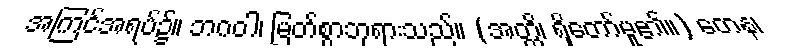
အကြင်အရပ်၌။ ဘဂဝါ၊ မြတ်စွာဘုရားသည်။ (အတ္ထိ၊ ရှိတော်မူ၏။) တေန၊